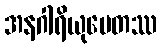
အနဂါရိယုပေတဿ